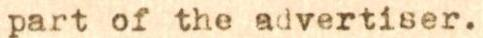
part of the advertiser.